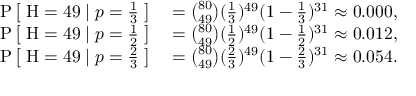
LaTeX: \begin{array} { r l } { \operatorname { P } { \big [ } \; \mathrm { H } = 4 9 \mid p = { \frac { 1 } { 3 } } \; { \big ] } } & { { } = { \binom { 8 0 } { 4 9 } } ( { \frac { 1 } { 3 } } ) ^ { 4 9 } ( 1 - { \frac { 1 } { 3 } } ) ^ { 3 1 } \approx 0 . 0 0 0 , } \\ { \operatorname { P } { \big [ } \; \mathrm { H } = 4 9 \mid p = { \frac { 1 } { 2 } } \; { \big ] } } & { { } = { \binom { 8 0 } { 4 9 } } ( { \frac { 1 } { 2 } } ) ^ { 4 9 } ( 1 - { \frac { 1 } { 2 } } ) ^ { 3 1 } \approx 0 . 0 1 2 , } \\ { \operatorname { P } { \big [ } \; \mathrm { H } = 4 9 \mid p = { \frac { 2 } { 3 } } \; { \big ] } } & { { } = { \binom { 8 0 } { 4 9 } } ( { \frac { 2 } { 3 } } ) ^ { 4 9 } ( 1 - { \frac { 2 } { 3 } } ) ^ { 3 1 } \approx 0 . 0 5 4 . } \end{array}